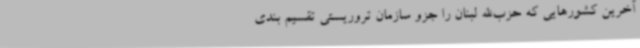
آخرین کشورهایی که حزب‌الله لبنان را جزو سازمان تروریستی تقسیم بندی